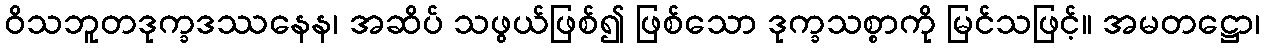
ဝိသဘူတဒုက္ခဒဿနေန၊ အဆိပ် သဖွယ်ဖြစ်၍ ဖြစ်သော ဒုက္ခသစ္စာကို မြင်သဖြင့်။ အမတဋ္ဌော၊